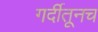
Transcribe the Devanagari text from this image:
गर्दीतूनच